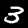
Digit: 3